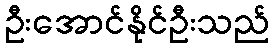
ဦးအောင်နိုင်ဦးသည်